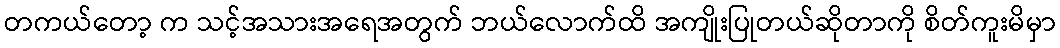
တကယ်တော့ က သင့်အသားအရေအတွက် ဘယ်လောက်ထိ အကျိုးပြုတယ်ဆိုတာကို စိတ်ကူးမိမှာ